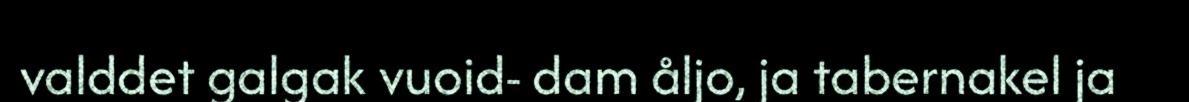
valddet galgak vuoid- dam åljo, ja tabernakel ja